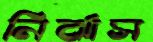
নির্ঝাস